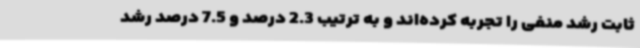
ثابت رشد منفی را تجربه کرده‌اند و به ترتیب 2.3 درصد و 7.5 درصد رشد